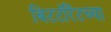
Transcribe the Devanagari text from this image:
बिटटॉरेंटच्या